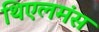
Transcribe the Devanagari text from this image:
थिएलमंस